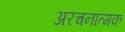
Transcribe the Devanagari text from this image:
अरचनात्मक